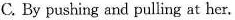
C. By pushing and pulling at her.